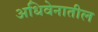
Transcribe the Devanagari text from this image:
अधिवेनातील